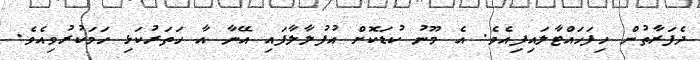
ދެފަރާތުން ހިފަހައްޓާލައިފިއެވެ. އެ މޫނު ކުޑަކޮށް އުފުލާލާފައި އޭނާ އާ ހަތަރުކަޅި ހަމަކުރުވިއެވެ.